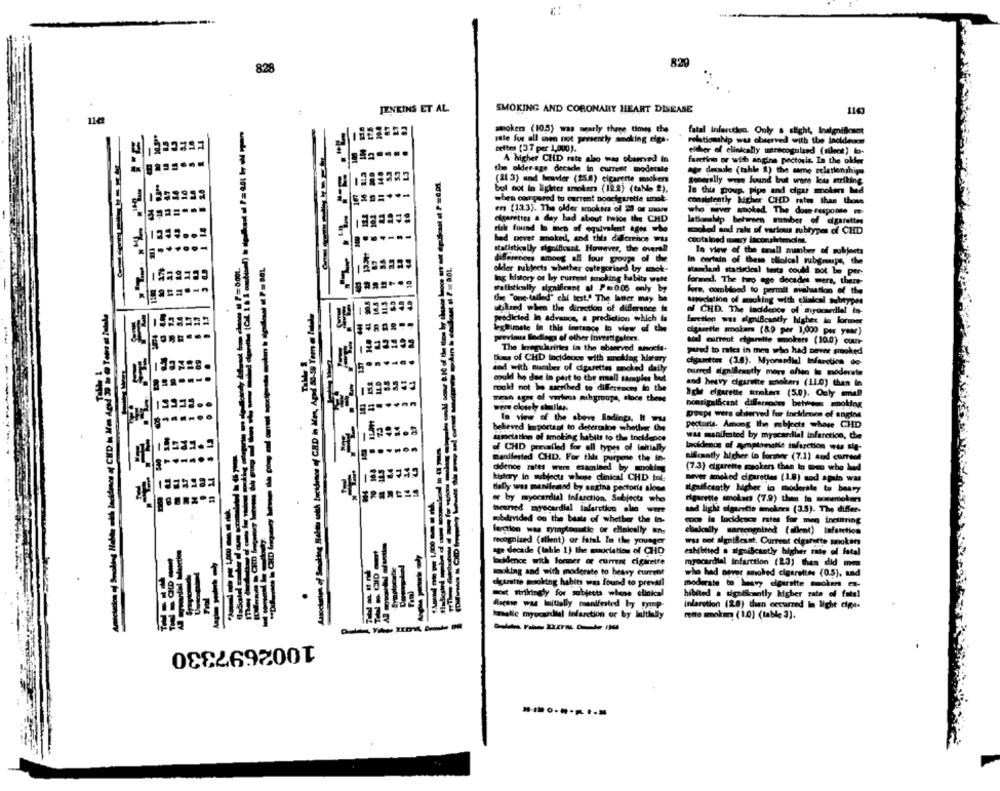
*:
829
828
JENKINS ET AL.
SMOKING AND CORONARY HEART DISEASE
smokers (10.5) was nearly three times the
fatal infarction. Only a slight, Insignificant
tale for all men not presently smoking elga.
relationship was observed with the Incidence
tettes (37 per 1,000).
either of clinically unrecognized (silect) to-
A higher CHD rate aleo was observed in
furetinn or with angina pectoris. In the oldler
the older age decade in current moderate
agr decade (table 1) the same relationshipa
(21 3) and bravier (25.8) cigarette mokers
Seoorally www. Juund but were low striking
bul not in lighter smokers (12.2) (tablo 2).
Te this group. pipe and cigar molen Med
when compared to current noncigarette smok-
consistently higher CHD ratws than those
ens (13.3). The older smokers of 80 or more
who never snoked The dose response
cigarettes a day bad about twice the CHD
lationship between ramber of cigarettes
risk found la men of equivalent ages who
had never smoked, and this difference Was
sooked and rate of various subtypes of CHD
contained mey Inconaltrolat.
statistically significant. However, the overall
To view of the small member of subjects
Serenous among all four groups of the
In certain of these clinical rubgrups, the
-----
older subjects whether categoriaed by amok-
Ing history of by curryat smoking habits wate
formed. The turo ege decades were, there-
watistically significant af P=0.05 only by
fore, combdood to permit evaluation of the
the "one-tailed" chi test." The latter may be
aspeclation of mocking with clinical subtypes
utskred when the direction of difference is
af CHD. The inddence of ayounedlal in-
predicted In advance, a prediction which is
faction was elmißcantly higher in former
legitimate in this instance In view of the
cigarette smokem (89 per 3,000 per year)
CORE
previous Sodiego of other investigators.
abd current cigarette smokers (10.0) ouun-
The Irregularities in the observed tuhsocie-
pired to rales in men who had never smoked
tomu of CHD Incidence with moking history
cigarettes (1.6). Myorandial Infarction do-
and with number of cigarettes mocked daily
ourred significantly more often in moderate
could he due in part to the small samples but
could not be sserthed to differences to the
and heavy cigarette shakers (11.0) than in
Ight cigarette kokers (5.0). Only small
mean agre of various mbgroups, stoce these
were closely aullar.
noncigalfcant differanom between smoking
In view of the above ladings, Il wu
Doupt were elserved fur incidence of engine
believed Important to determine whether the
pectoris. Among the subjects whose CHD
was manifested by myocardial infarction, the
samiciation of smoking habits to the ineidenes
of CHD prevailed for ell types of initially
tacidenos of symptomatic infarction wu sig-
manifested CHD. For this purpene the in:
aifcantly higher in former (7.1) and current
didenos rates were examined by moking
(7.3) cigarette mokers than In men who had
kistory in subjects whose clinical CHD ini-
never smoked cigarettes (18) and again was
Bally was manilened by angina pectoris alone
significantly higher to moderile to beary
or by myocardial Infarction. Subjects who
rette mmolan (7.9) then to someroken
Iseured myocardial infarction sle were
and liglie cigarette smokers (3.5). The differ-
mobdivided on the basis of whether the in-
coc is lucidesce rates for men inoiltring
farction was symptomatic or clinically en-
clinically sarecogniand (silent) Infarction
recognized (silent) or fatal In the younger
was not significant, Current cigarette sokan
age decade (table 1) the emociation of CHD
exhibited . significantly higher rate of fatal
louidence with former or current cigarette
myocardial infarction (23) then did me
smoking and with moderate to heavy current
who had never amoled cigarettes (0.5), and
elgazette moking habits was found to prevail
moderate to heavy cigarette mom-
most strikingdy for subjects whene clinical
hibited a significantly higher rate of fatal
infarction (28) than occurred in light cipe.
Imaalle myocardial infarction or by Initially
rette mmokm (1.0) (table 3).
1002697330